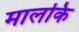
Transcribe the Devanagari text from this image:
मालकि